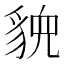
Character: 𬥉